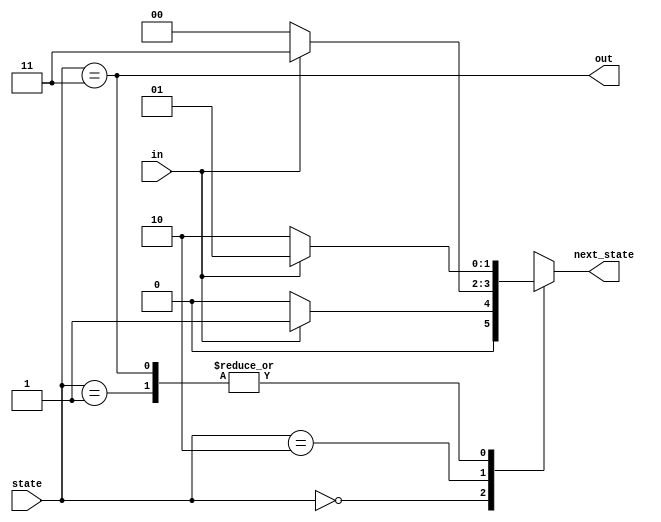
module top_module(
    input in,
    input [1:0] state,
    output [1:0] next_state,
    output out); //

    parameter A=2'd0, B=2'd1, C=2'd2, D=2'd3;

    always@(*)
        begin
            case(state)
                A: next_state = in?B:A;
                B: next_state = in?B:C;
                C: next_state = in?D:A;
                D: next_state = in?B:C;
            endcase
            
        end
    assign out = (state==D);

endmodule